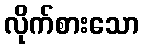
လိုက်စားသော